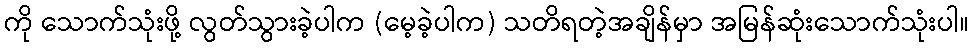
ကို သောက်သုံးဖို့ လွတ်သွားခဲ့ပါက (မေ့ခဲ့ပါက) သတိရတဲ့အချိန်မှာ အမြန်ဆုံးသောက်သုံးပါ။